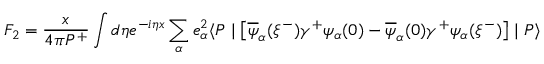
F _ { 2 } = { \frac { x } { 4 \pi P ^ { + } } } \int d \eta e ^ { - i \eta x } \sum _ { \alpha } e _ { \alpha } ^ { 2 } \langle P \mid \big [ \overline { { { \psi } } } _ { \alpha } ( \xi ^ { - } ) \gamma ^ { + } \psi _ { \alpha } ( 0 ) - \overline { { { \psi } } } _ { \alpha } ( 0 ) \gamma ^ { + } \psi _ { \alpha } ( \xi ^ { - } ) \big ] \mid P \rangle